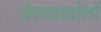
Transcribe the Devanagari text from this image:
प्रेरणास्त्रोतों